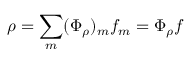
\rho = \sum _ { m } ( \Phi _ { \rho } ) _ { m } f _ { m } = \Phi _ { \rho } f